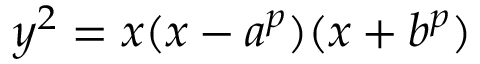
y ^ { 2 } = x ( x - a ^ { p } ) ( x + b ^ { p } )